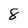
Character: 8